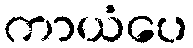
ကာယံပေ